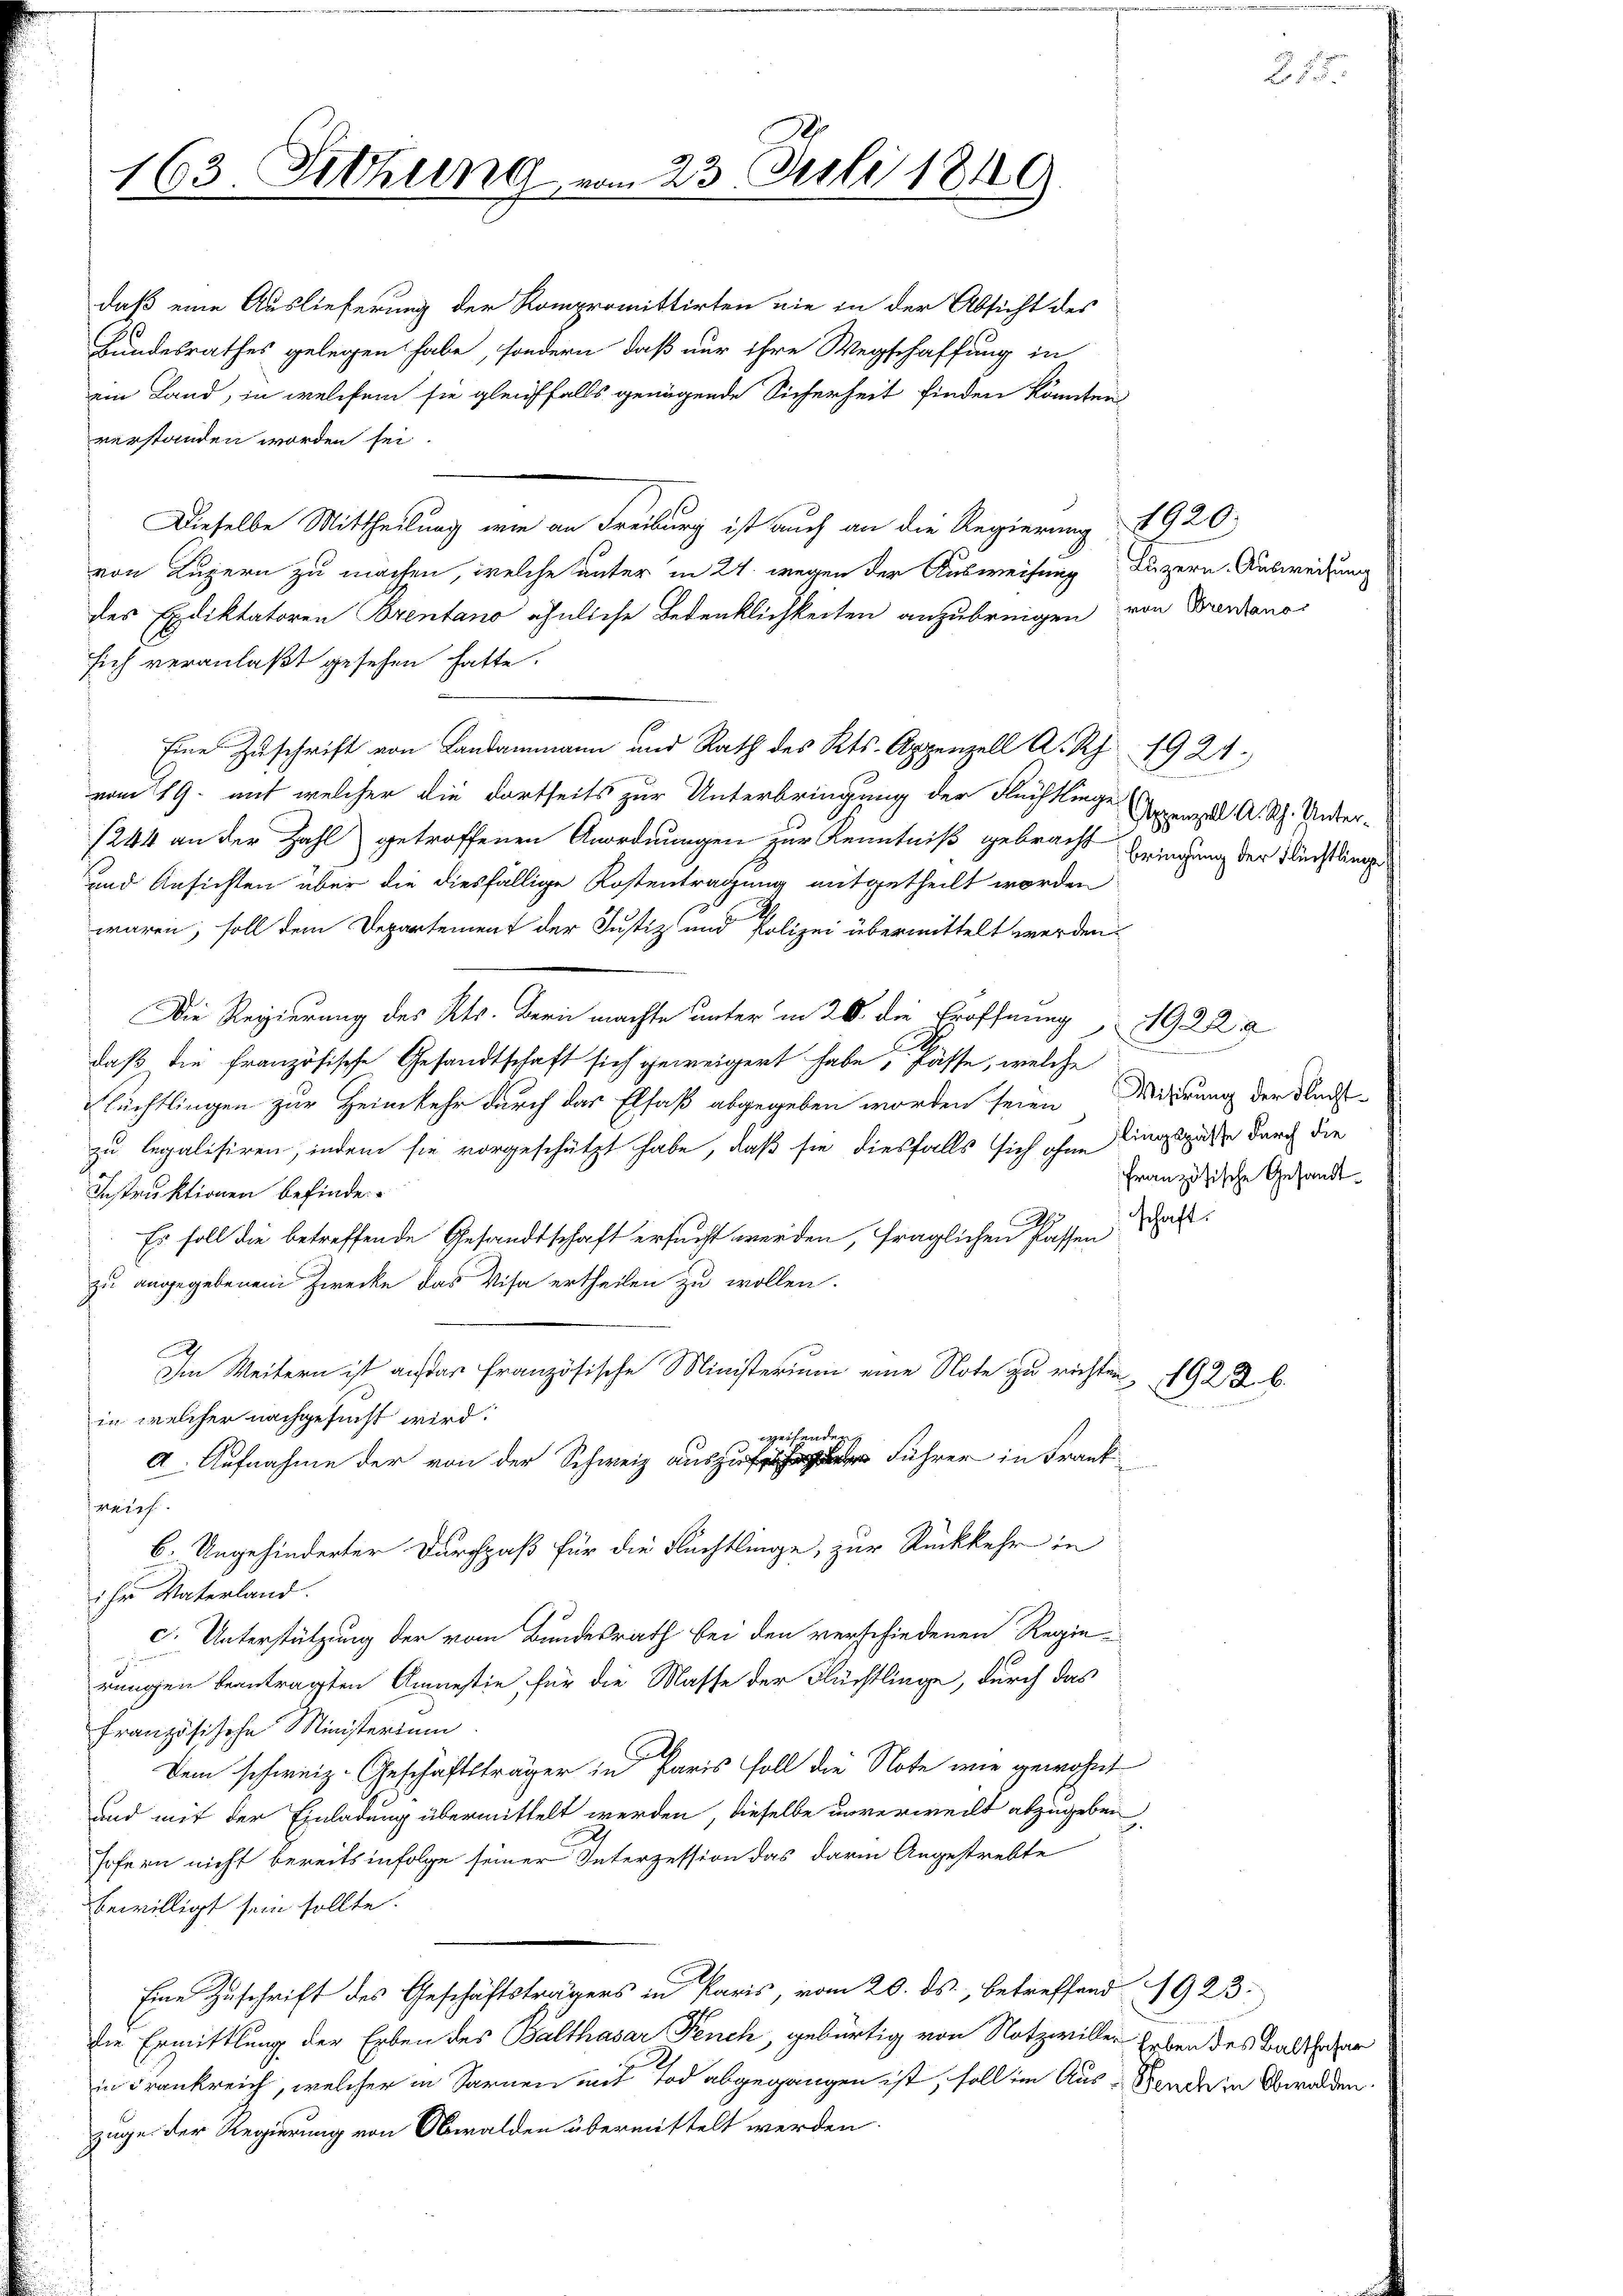
163. Sitzung

ein Land, in welchem sie gleichfalls genügende Sicherheit finden könnten
verstanden worden sei.
Dieselbe Mittheilung wie an Freiburg ist auch an die Regierung 1920.
von Luzern zu machen, welche unter in 24. wegen der Ausweisung Luzern Ausweisung
des Exdiktatoren Brentano ähnliche Bedenklichkeiten anzubringen von Brentanos
sich veranlaßt gesehen hatte.
Eine Zuschrift von Landammann und Rath des Kts. Appenzell A. Sch. 1924.
vom 19. auf welcher die dortseits zur Unterbringung der Flüchtlinge Grenzel A. Rh. Unter¬
1244 an der Zahl getroffenen Anordnungen zur Kenntniß gebracht bringung der Tüchtling
und Ansichten über die diesfällige Kostentragung mitgetheilt worden
waren, soll dem Departement der Justiz und Polizei übermittelt werden.
Die Regierung des Kts. Bern machte unter in 20. die Eröffnung, 1922 a
daß die französische Gesandtschaft sich geweigert habe Fässe, welche
lüchtlingen zur Heimkehr durch das Elsaß abgegeben worden seien Wirkung der Faust-
zu legalisiren, indem sie vorgeschützt habe, daß sie diesfalls sich ohne dingspasse durch die
Instruktionen befinde.
Es soll die betreffende Gesandtschaft ersucht werden, fraglichen Passen
zu angegebenem Zwecke das Visa ertheilen zu wollen.
.
Im Weitern ist auf das französische Ministerium eine Note zu richten, 192 Z. B.
in welcher nachgesucht wird.
weifenden
A. Aufnahme der von der Schweiz aus zu Führer in Fra
ver
6. Ungehinderter Durchpaß für die Flüchtlinge, zur Rückkehr in
ihr Vaterland.
c. Unterstützung der vom Bundesrath bei den verschiedenen Regie-
rungen beantragten Amnestie, für die Masse der Flüchtlinge, durch das
Französische Ministerium
A
Dem schweiz. Geschäftsträger in Paris soll die Note wie gewohnt
und mit der Einladung übermittelt werden, dieselbe unverweilt abzugeben,
Jofern nicht bereits infolge seiner Interzession das darin Angestrebte
bewilligt sein sollte.
Eine Zuschrift des Geschäftsträgers in Paris, vom 20. ds., betreffend 1923.
die Ermittlung der Erben des Balthasar Feuch, gebürtig von Notzwillen haben des Balthasar
in Frankreich, welcher in Sarnen mit Tod abgegangen ist, soll im Aus-Sende in Obwalden.
zuge der Regierung von Obwalden übermittelt werden.

daß eine Auslieferung der Kompromittirten nie in der Absicht des
Hundesrathes gelegen habe, sondern, daß nur ihre Wegschaffung in

23 Juli 1849

.
französische Gesandt¬

schaft.

25.